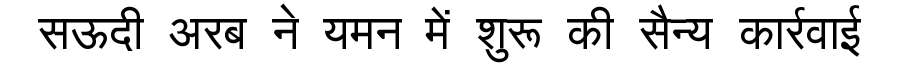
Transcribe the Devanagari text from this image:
सऊदी अरब ने यमन में शुरू की सैन्य कार्रवाई